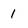
Character: 1